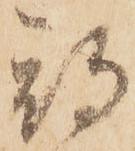
期